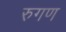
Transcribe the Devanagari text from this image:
रुगण